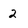
Character: 2